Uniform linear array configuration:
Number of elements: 48
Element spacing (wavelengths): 0.75
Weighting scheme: uniform
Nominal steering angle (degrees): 30
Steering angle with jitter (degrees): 31.348
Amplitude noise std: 0.05
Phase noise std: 0.05

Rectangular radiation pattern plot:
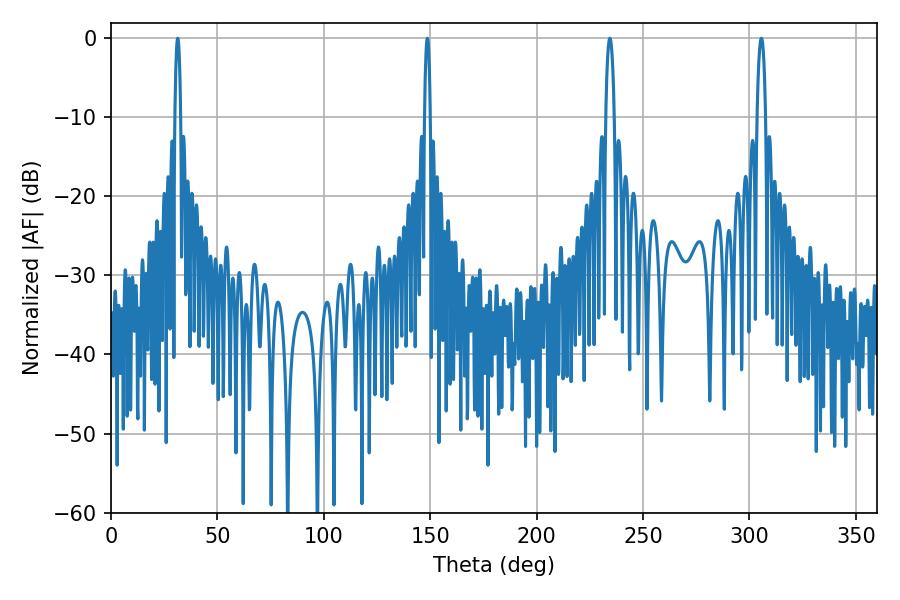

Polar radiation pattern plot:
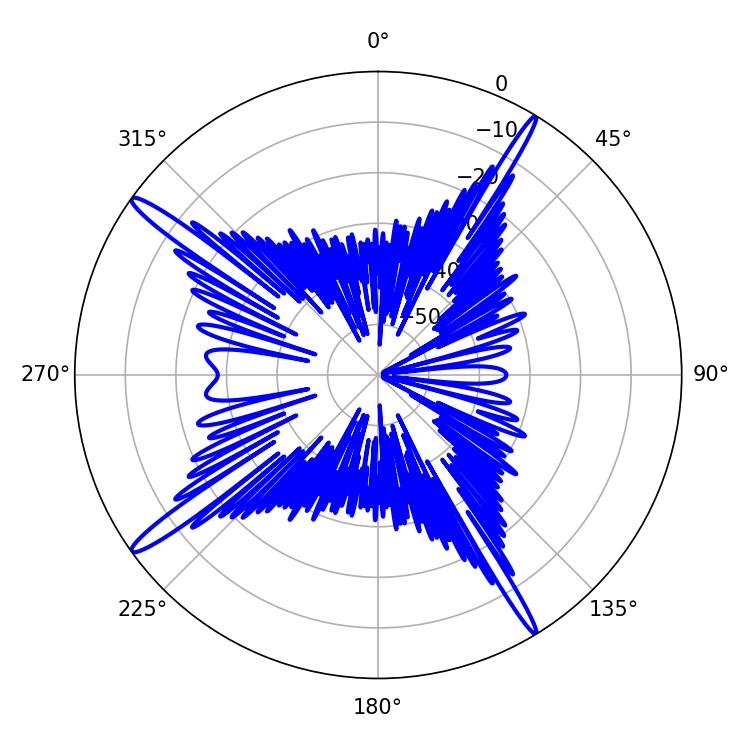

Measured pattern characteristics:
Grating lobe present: TRUE
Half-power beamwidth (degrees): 1.44
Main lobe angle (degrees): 31.32